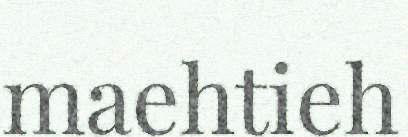
maehtieh